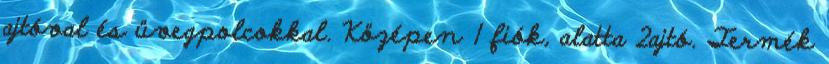
ajtóval és üvegpolcokkal. Középen 1 fiók, alatta 2ajtó. Termék